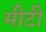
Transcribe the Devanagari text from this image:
मीटी